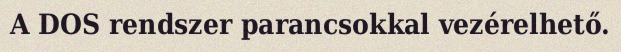
A DOS rendszer parancsokkal vezérelhető.